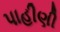
પાહીણી